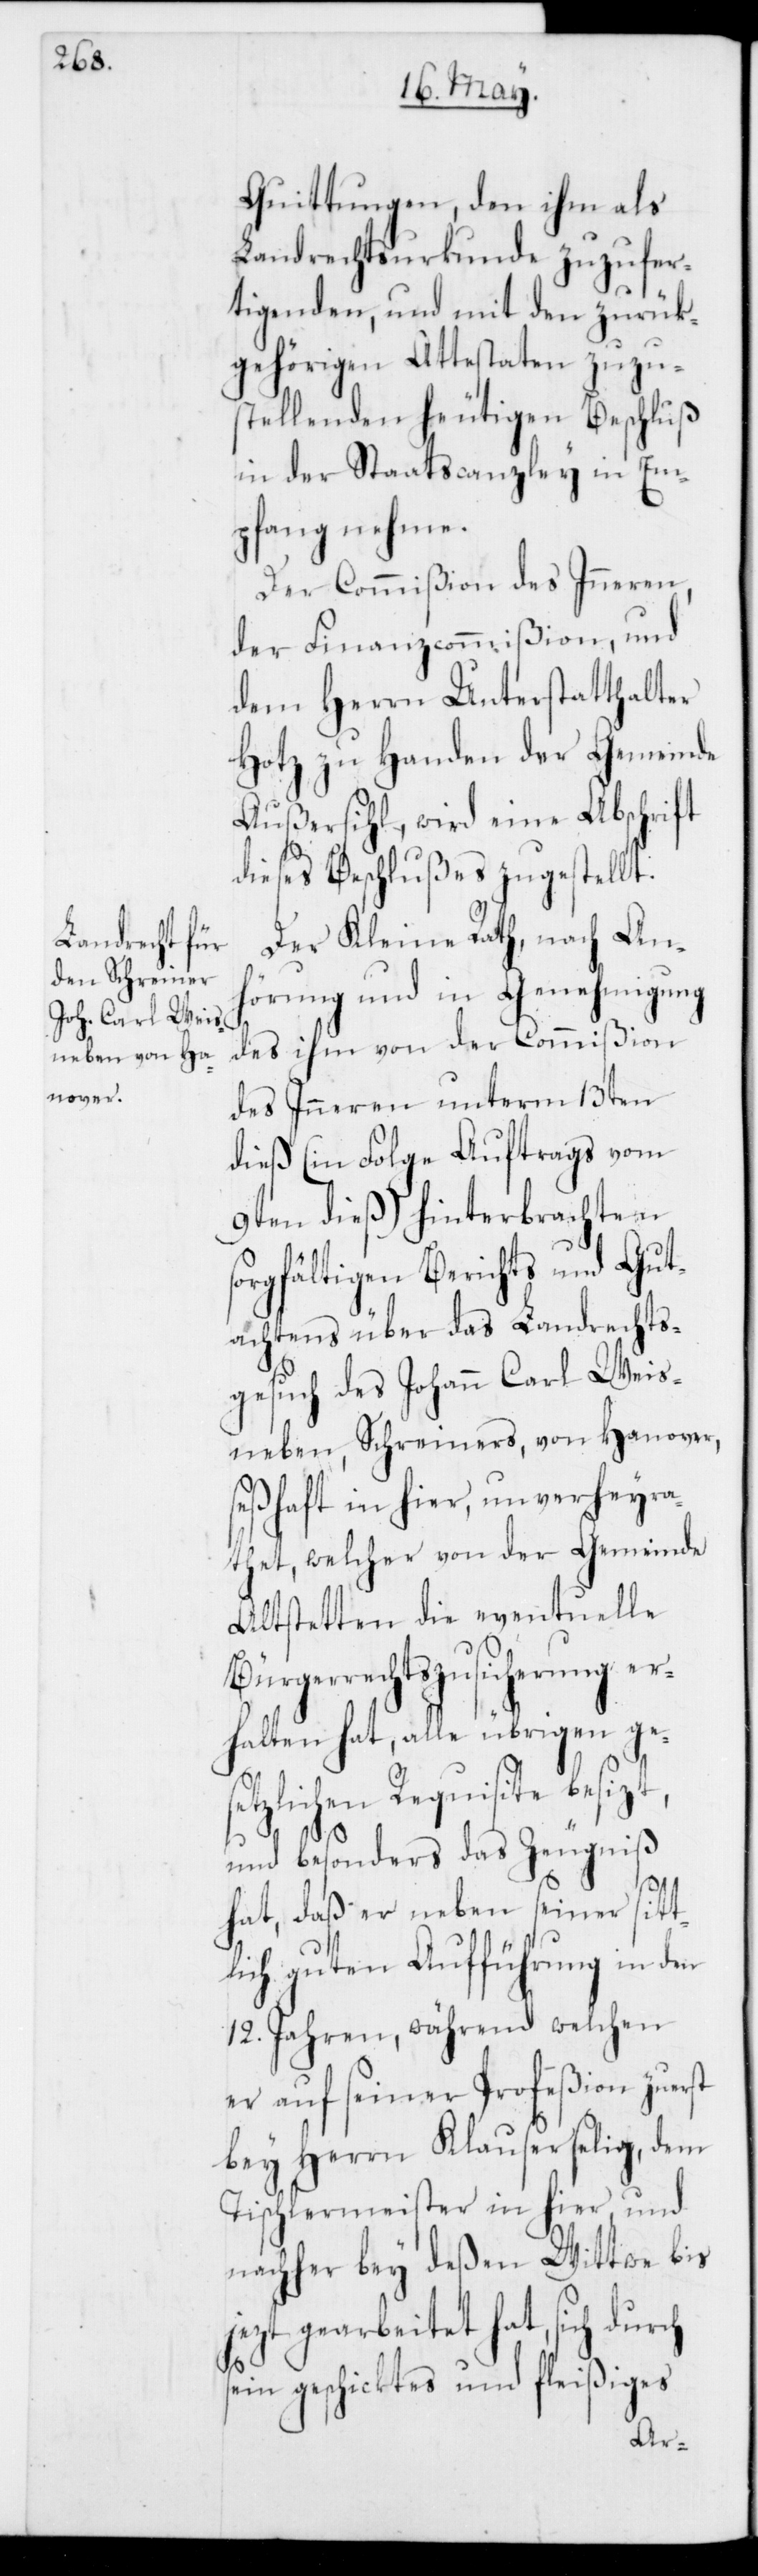
Quittungen, den ihm als
Landrechtsurkunde zuzufer¬
tigenden, und mit den zurük¬
gehörigen Attestaten zuzu¬
stellenden heutigen Beschluß
in der Staatscanzley in Em¬
pfang nehme.
Der Commißion des Inneren,
der Finanzcommißion, und
dem Herrn Unterstatthalter
Hotz zu Handen der Gemeinde
Außersihl, wird eine Abschrift
dieses Beschlußes zugestellt.
Der Kleine Rath, nach Anh¬
örung und in Genehmigung
des ihm von der Commißion
des Inneren unterm 13ten
dieß (in Folge Auftrags vom
9ten dieß) hinterbrachten
sorgfältigen Berichts und Gut¬
achtens über das Landrechts¬
gesuch des Johann Carl Weis¬
neben, Schreiners, von Hanover,
seßhaft in hier, unverheyra¬
thet, welcher von der Gemeinde
Altstetten die eventuelle
Bürgerrechtszusicherung er¬
halten hat, alle übrigen ges¬
etzlichen Requisite besizt,
und besonders das Zeugniß
hat, daß er neben seiner sit¬
lich guten Aufführung in den
12. Jahren, während welchen
er auf seiner Profeßion zuerst
bey Herrn Klauser selig, dem
Tischlermeister in hier, und
nachher bey deßen Witwe bis
jezt gearbeitet hat, sich
sein geschicktes und fleißiges
t¬